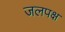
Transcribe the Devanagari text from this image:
जलपक्ष